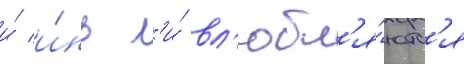
и́ и́нь л'и́ вл'юбл'я́ютс'я